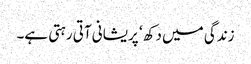
زندگی میں دکھ ‘ پریشانی آتی رہتی ہے۔